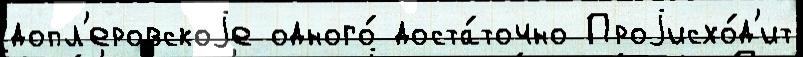
допл'еровскоjе одного́ доста́точно Проjисхо́д'ит